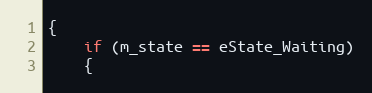
Language: C++
{
	if (m_state == eState_Waiting)
	{